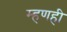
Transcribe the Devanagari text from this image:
म्हणही